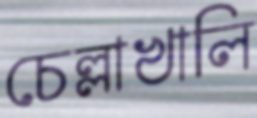
চেল্লাখালি